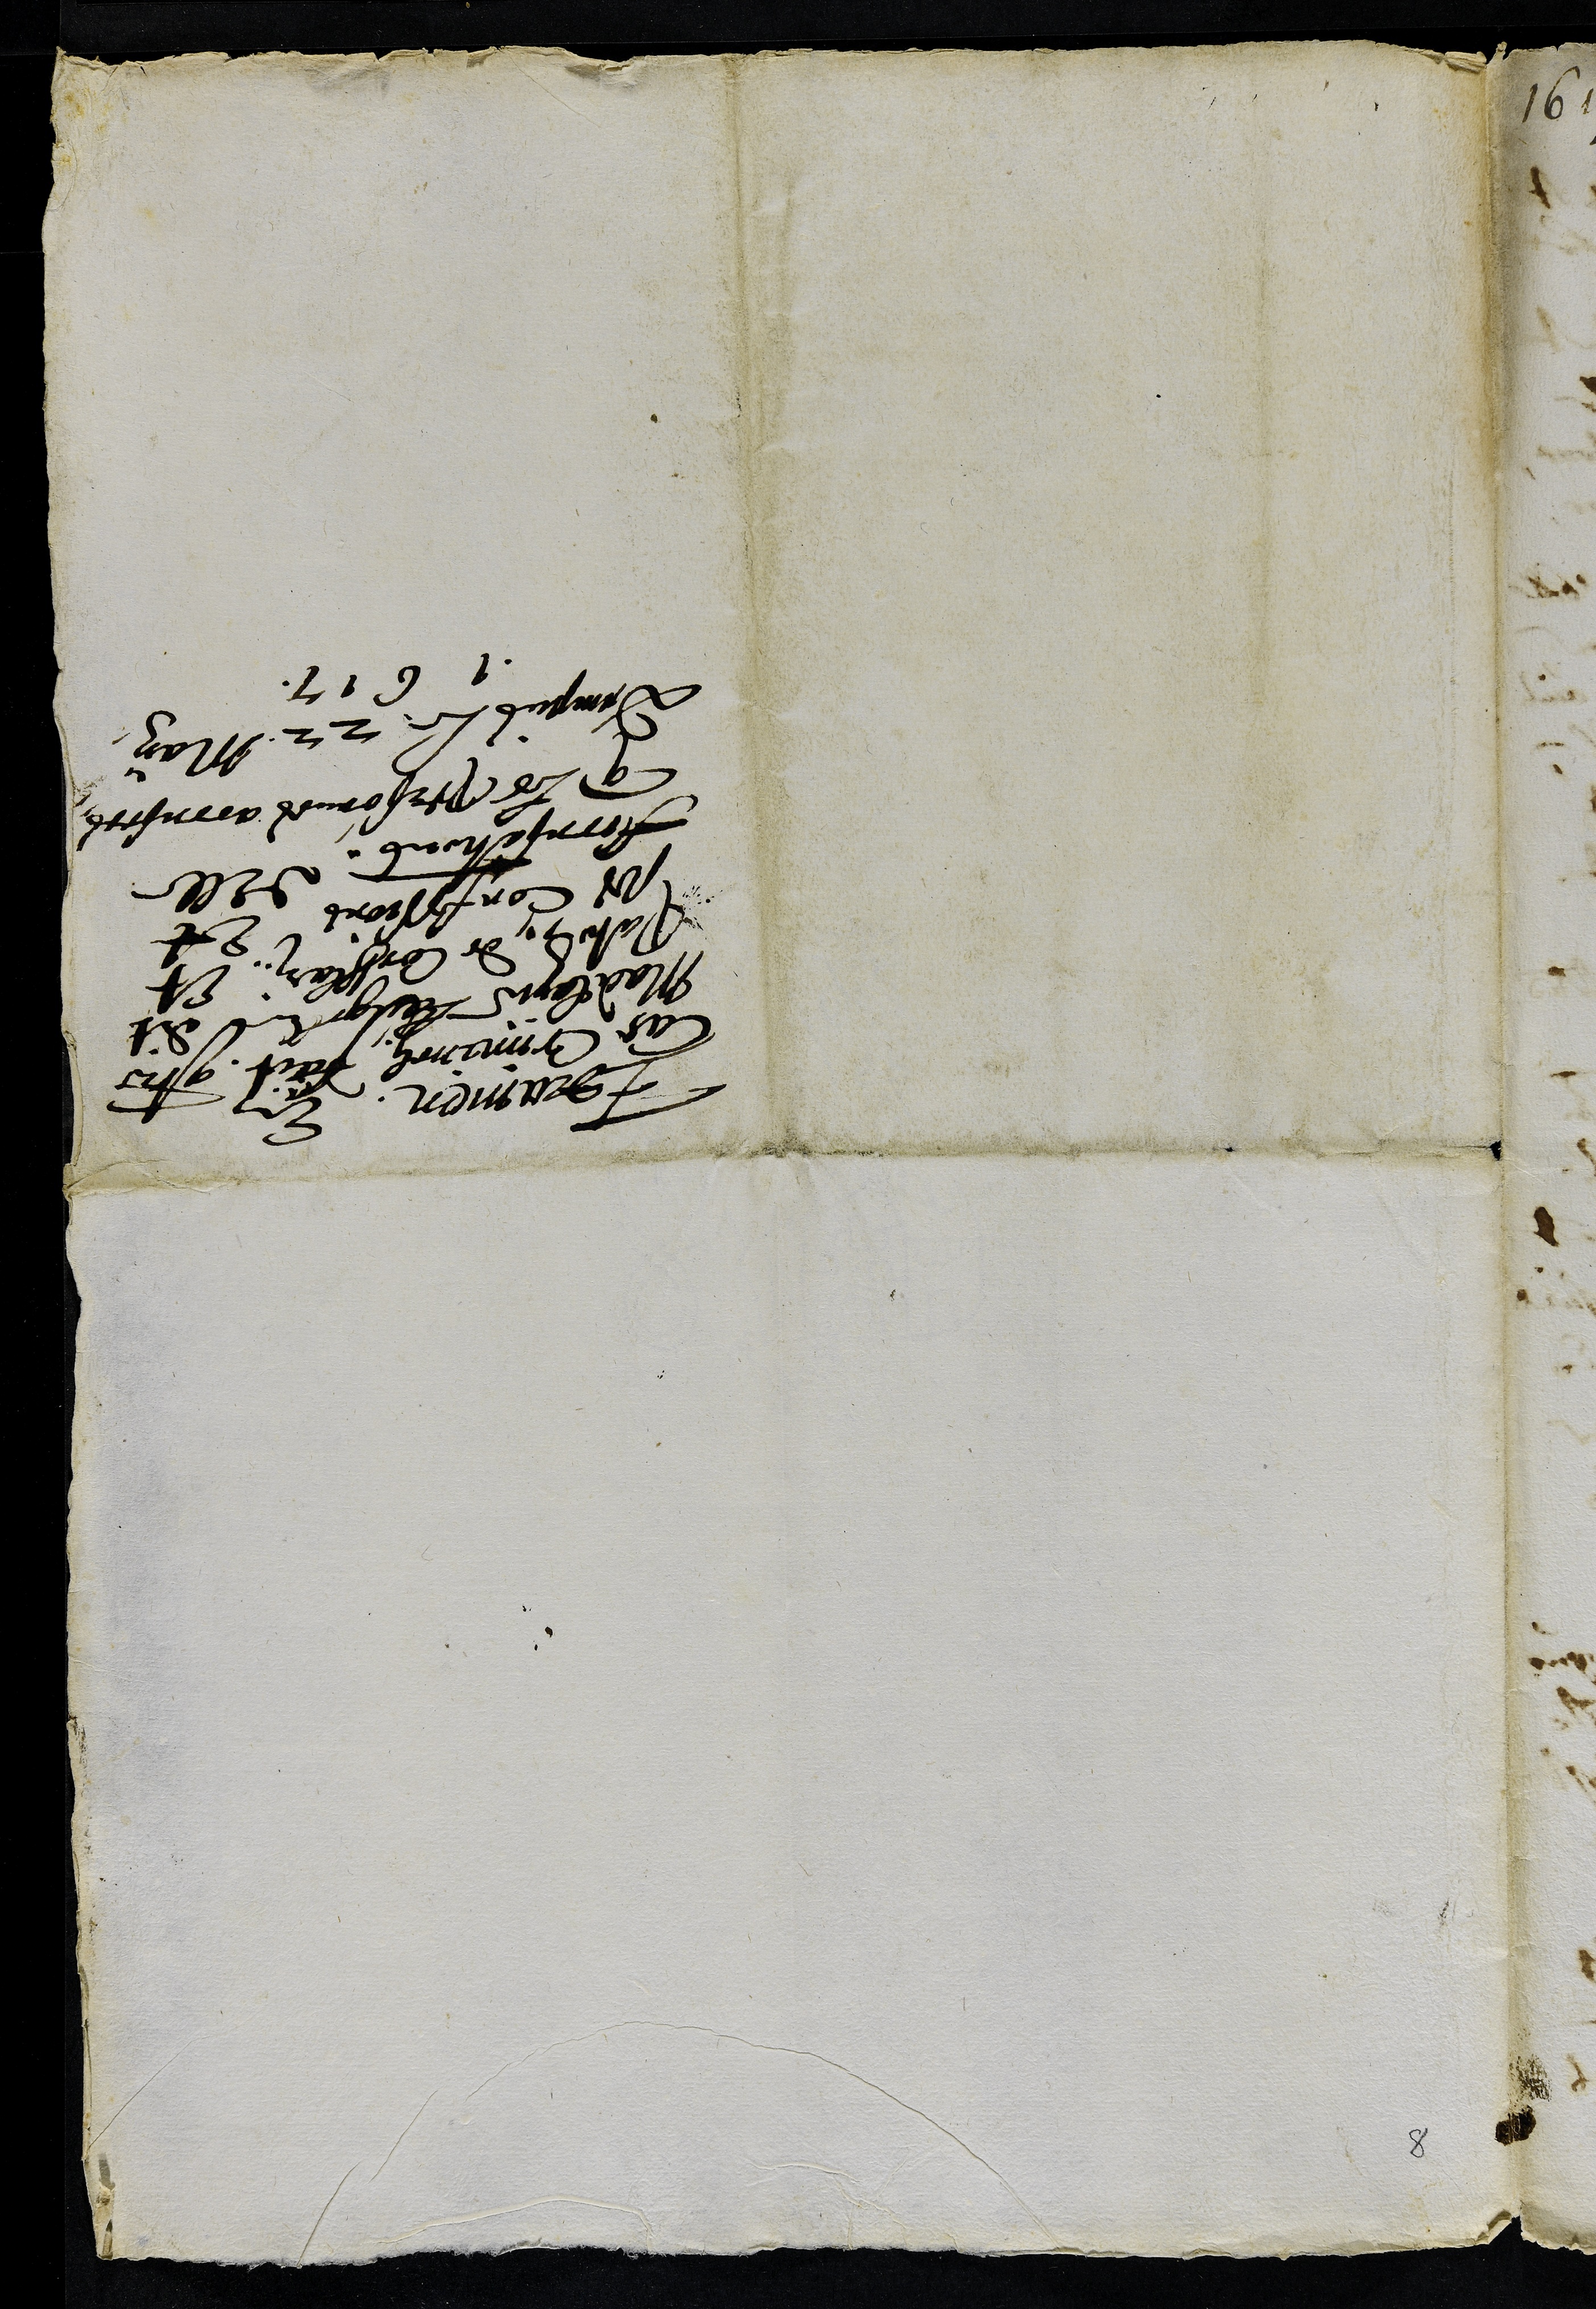
Feanmen ze
as dnnems part 9tre
Madelene Langel dit
Paten de Cossain. et
sos confessions et
Fccesetons delle
que les prsonnes accusees
cvinpus le 22 Man
1617.